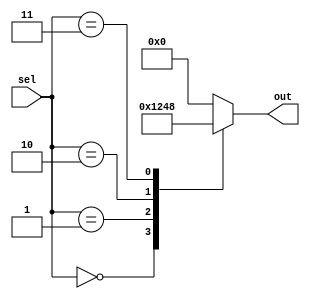
module parallel_case_statement (
    input [2:0] sel,
    output reg [3:0] out
);

always @* begin
    case (sel)
        3'b000: out = 4'b0001;
        3'b001: out = 4'b0010;
        3'b010: out = 4'b0100;
        3'b011: out = 4'b1000;
        default: out = 4'b0000;
    endcase
end

endmodule